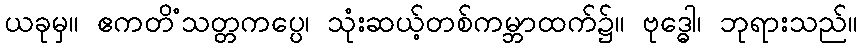
ယခုမှ။ ဧကတိံသတ္တကပ္ပေ၊ သုံးဆယ့်တစ်ကမ္ဘာထက်၌။ ဗုဒ္ဓေါ၊ ဘုရားသည်။